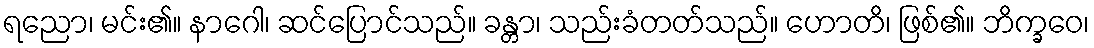
ရညော၊ မင်း၏။ နာဂေါ၊ ဆင်ပြောင်သည်။ ခန္တာ၊ သည်းခံတတ်သည်။ ဟောတိ၊ ဖြစ်၏။ ဘိက္ခဝေ၊